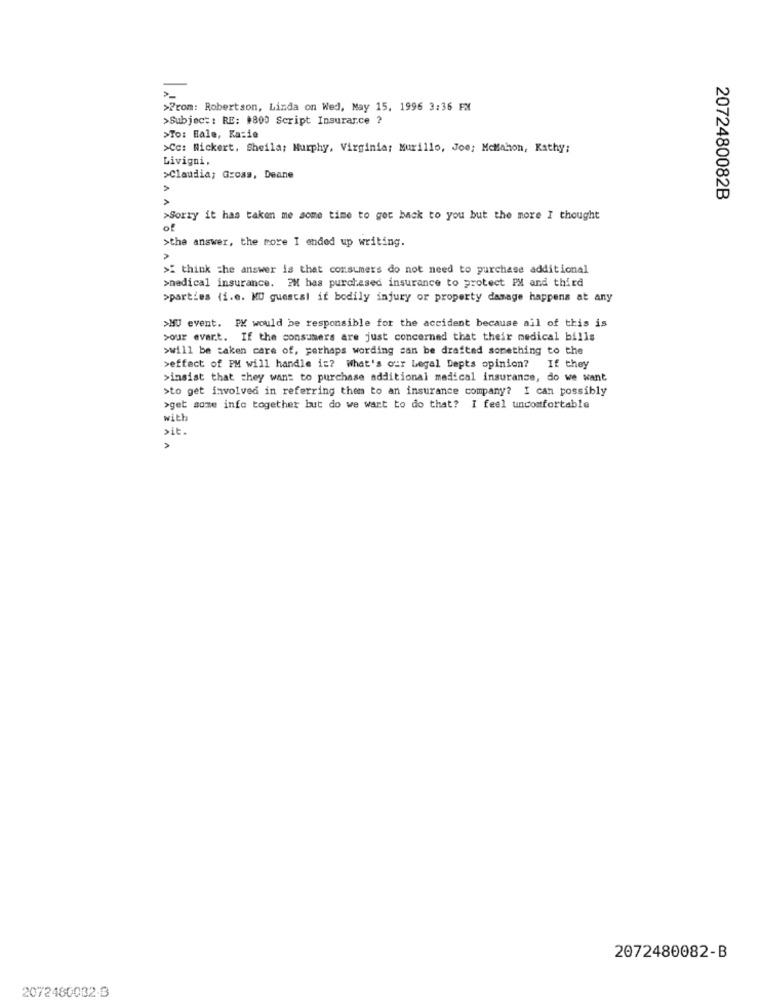
>Prom: Robertson, Linda on Wed, May 15, 1996 3:36 PM
>Subject: RE: $800 Script Insurance ?
>To: Hale, Kazie
>Co: Rickert, Sheila; Murphy, Virginia: Murillo, Joe; McMahon, Kathy:
Livigni,
>Claudia; Gross, Deane
NA
2072480082B
>Sorry it has taken me some time to get back to you but the more I thought
of
>the answer, the more I ended up writing.
> think the answer is that consumers do not need to purchase additional
>medical insurance. 2M has purchased insurance to protect PM and third
>parties (i.e. MU guestal if bodily injury or property damage happens at any
>HU event. PK would be responsible for the accident because ail of this is
pour evart. If the consumers are just concerned that their medical bills
>will be taken care of, perhaps wording can be drafted something to the
>effect of PM will handle is? What's our Legal Depts opinion? If they
>insist that they want to purchase additional medical insurance, do we want
>to get involved in referring them to an insurance company? I can possibly
>get some info together but do we want to do that? I feel uncomfortable
with
sit .
2072480082-B
2072480032-3